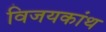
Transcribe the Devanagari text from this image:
विजयकांथ